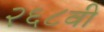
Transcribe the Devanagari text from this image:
२६८वी